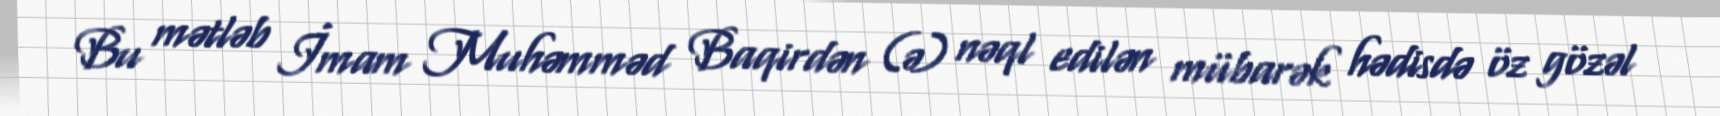
Bu mətləb İmam Muhəmməd Baqirdən (ə) nəql edilən mübarək hədisdə öz gözəl